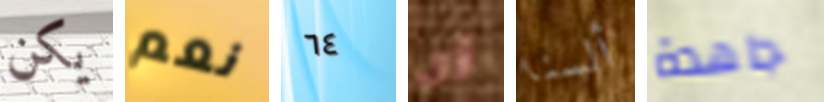
يكن نعم ٦٤ أزال ألسنا جاهدة